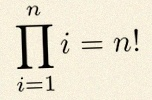
\prod_{i=1}^{n}i=n!